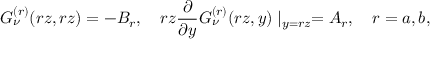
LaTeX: G _ { \nu } ^ { ( r ) } ( r z , r z ) = - B _ { r } , \quad r z \frac { \partial } { \partial y } G _ { \nu } ^ { ( r ) } ( r z , y ) \mid _ { y = r z } = A _ { r } , \quad r = a , b ,